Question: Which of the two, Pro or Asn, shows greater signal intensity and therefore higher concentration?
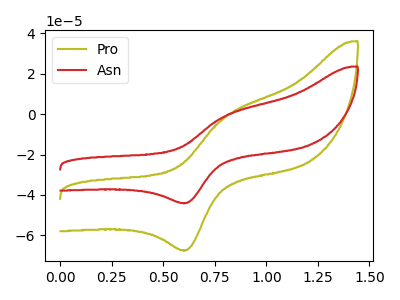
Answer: <think>The olive curve "Pro" has an anodic peak at (0.80V, -1.40uA) and a cathodic peak at (0.60V, -67.35uA). The red curve "Asn" has an anodic peak at (0.80V, -0.90uA) and a cathodic peak at (0.60V, -44.00uA).
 All the peaks in "Pro" have a peak in "Asn" at the same potential.</think>
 <answer>I cant tell if "Pro" or "Asn" has higher concentration.</answer>
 <eval>mixed_concentration</eval>